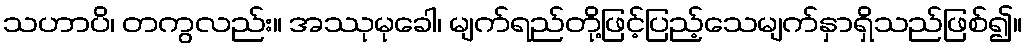
သဟာပိ၊ တကွလည်း။ အဿုမုခေါ၊ မျက်ရည်တို့ဖြင့်ပြည့်သေမျက်နှာရှိသည်ဖြစ်၍။